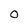
Character: O